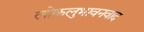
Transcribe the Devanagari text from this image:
लोकलुभावनवाद